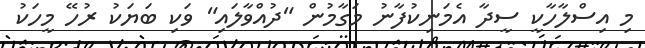
މި އިސްލާހާކީ ސީދާ އެމަނިކުފާނު މަގާމުން "ދުއްވާލައި" ވަކި ބަޔަކު ރުހޭ މީހަކު